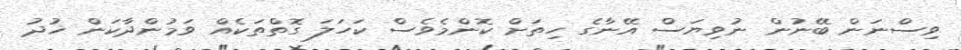
ވިސްނަން ބޭނުން ނުވިޔަސް އޭނާގެ ހިތަށް ކޮންމެވެސް ކަހަލަ ގޮތްތަކެއް ވަމުންދާކަން ޚުދު